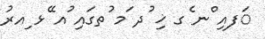
ަފއި ްނ ެގ ޚި ުދ ަމ ުތގައި ުއ ޭޅ ިއރު